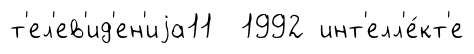
т'ел'ев'ид'ен'иjа11 1992 инт'елл'е́кт'е